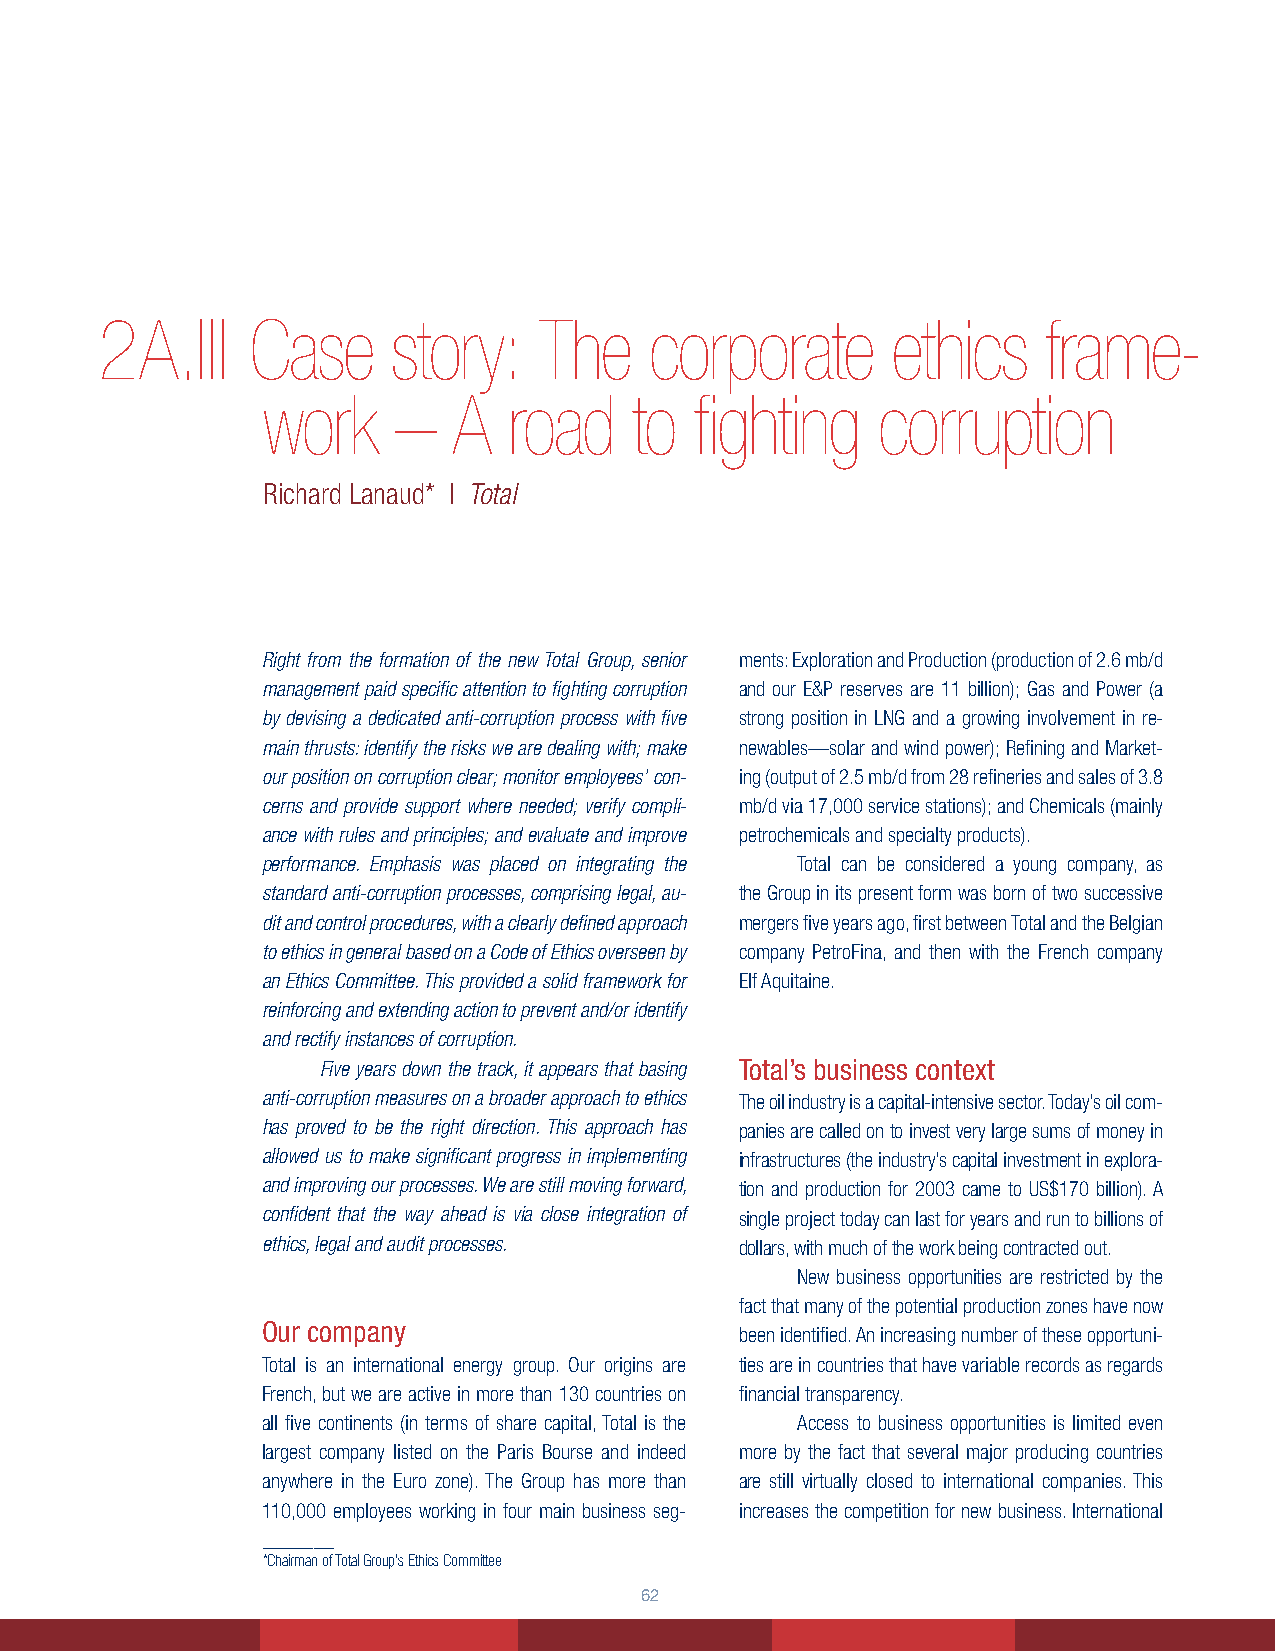
2A.III    Case     story:    The    corporate       ethics    frame-
 work     –   A   road    to  fighting    corruption
 Richard Lanaud* | Total
 .................................
 Right from the formation of the new Total Group, senior ments: Exploration and Production (production of 2.6 mb/d
 management paid specific attention to fighting corruption and our E&P reserves are 11 billion); Gas and Power (a
 by devising a dedicated anti-corruption process with five strong position in LNG and a growing involvement in re-
 main thrusts: identify the risks we are dealing with; make newables—solar and wind power); Refining and Market-
 our position on corruption clear; monitor employees’ con- ing (output of 2.5 mb/d from 28 refineries and sales of 3.8
 cerns and provide support where needed; verify compli- mb/d via 17,000 service stations); and Chemicals (mainly
 ance with rules and principles; and evaluate and improve petrochemicals and specialty products).
 performance. Emphasis was placed on integrating the Total can be considered a young company, as
 standard anti-corruption processes, comprising legal, au- the Group in its present form was born of two successive
 dit and control procedures, with a clearly defined approach mergers five years ago, first between Total and the Belgian
 to ethics in general based on a Code of Ethics overseen by company PetroFina, and then with the French company
 an Ethics Committee. This provided a solid framework for Elf Aquitaine.
 reinforcing and extending action to prevent and/or identify
 and rectify instances of corruption.
 Five years down the track, it appears that basing Total’s business context
 anti-corruption measures on a broader approach to ethics The oil industry is a capital-intensive sector. Today’s oil com-
 has proved to be the right direction. This approach has panies are called on to invest very large sums of money in
 allowed us to make significant progress in implementing infrastructures (the industry’s capital investment in explora-
 and improving our processes. We are still moving forward, tion and production for 2003 came to US$170 billion). A
 confident that the way ahead is via close integration of single project today can last for years and run to billions of
 ethics, legal and audit processes. dollars, with much of the work being contracted out.
 New business opportunities are restricted by the
 fact that many of the potential production zones have now
 Our company
 been identified. An increasing number of these opportuni-
 Total is an international energy group. Our origins are ties are in countries that have variable records as regards
 French, but we are active in more than 130 countries on financial transparency.
 all five continents (in terms of share capital, Total is the Access to business opportunities is limited even
 largest company listed on the Paris Bourse and indeed more by the fact that several major producing countries
 anywhere in the Euro zone). The Group has more than are still virtually closed to international companies. This
 110,000 employees working in four main business seg- increases the competition for new business. International
 _______
 *Chairman of Total Group’s Ethics Committee
 62